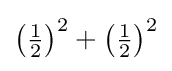
\left({\tfrac {1}{2}}\right)^{2}+\left({\tfrac {1}{2}}\right)^{2}